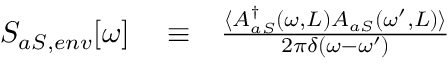
\begin{array} { r l r } { S _ { a S , e n v } [ \omega ] } & { { } \equiv } & { \frac { \langle A _ { a S } ^ { \dag } ( \omega , L ) A _ { a S } ( \omega ^ { \prime } , L ) \rangle } { 2 \pi \delta ( \omega - \omega ^ { \prime } ) } } \end{array}